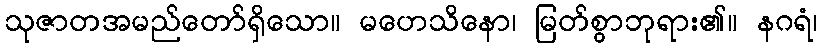
သုဇာတအမည်တော်ရှိသော။ မဟေသိနော၊ မြတ်စွာဘုရား၏။ နဂရံ၊